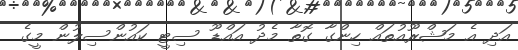
އަދި އެ މަޝްރޫއުތައް ހިންގާ ގޮތާ މެދު އައްޑޫ ސިޓީ ކައުންސިލުން މީގެ